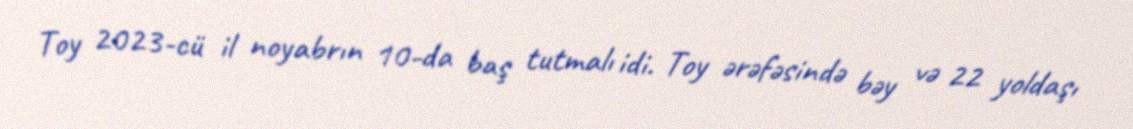
Toy 2023-cü il noyabrın 10-da baş tutmalı idi. Toy ərəfəsində bəy və 22 yoldaşı